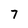
Character: 7